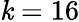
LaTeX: \mathit{k}=16